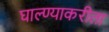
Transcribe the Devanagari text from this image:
घाल्ण्याकरीता